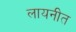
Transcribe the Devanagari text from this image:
लायनीत